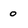
Character: o